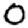
Digit: 0